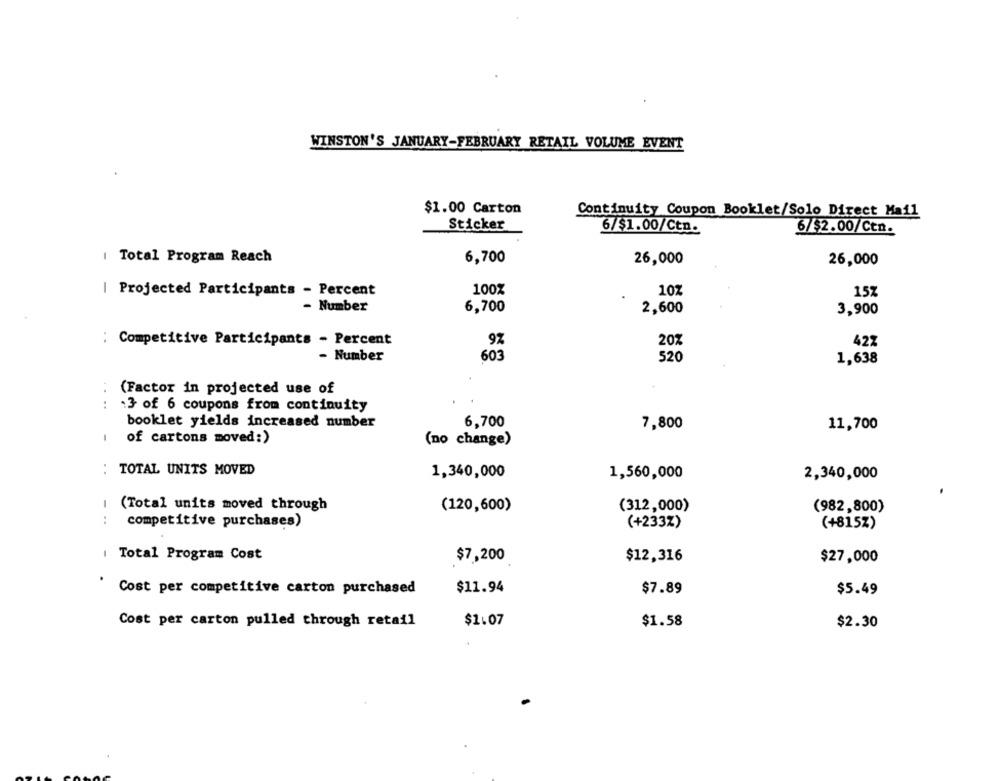
WINSTON'S JANUARY-FEBRUARY RETAIL VOLUME EVENT
$1.00 Carton
Continuity Coupon Booklet/Solo Direct Mail
Sticker
6/$1.00/Ctn.
6/$2.00/Ctn.
| Total Program Reach
6,700
26,000
26,000
| Projected Participants - Percent
100%
10%
15%
- Number
6,700
2,600
3,900
Competitive Participants - Percent
9%
20%
422
- Number
603
520
1,638
(Factor in projected use of
....
:3 of 6 coupons from continuity
6,700
booklet yields increased number
7,800
11,700
of cartons moved:)
(no change)
TOTAL UNITS MOVED
. .
1,340,000
1,560,000
2,340,000
(Total units moved through
(120,600)
(312,000)
(982,800)
competitive purchases)
(+233%)
(+815Z)
Total Program Cost
$7,200
$12,316
$27,000
Cost per competitive carton purchased
$11.94
$7.89
$5.49
Cost per carton pulled through retail
$1.07
$1.58
$2.30